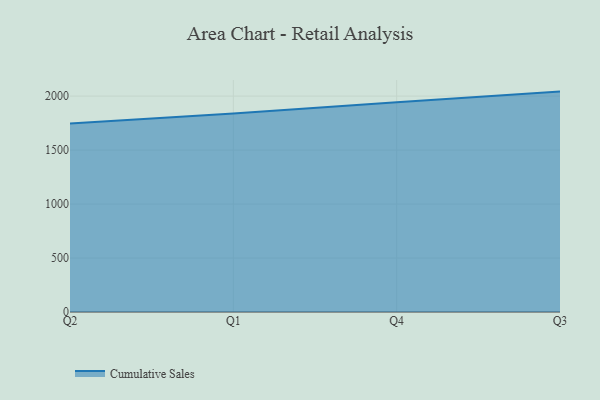
{"axis": {"x": "Quarter", "y": "Tickets Resolved"}, "legend": ["Cumulative Sales"], "data": [{"x": "Q2", "y": 1746.0, "type": "Cumulative Sales"}, {"x": "Q1", "y": 1838.4, "type": "Cumulative Sales"}, {"x": "Q4", "y": 1942.1, "type": "Cumulative Sales"}, {"x": "Q3", "y": 2041.7, "type": "Cumulative Sales"}]}